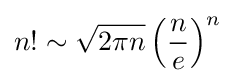
n!\sim {\sqrt {2\pi n}}\left({\frac {n}{e}}\right)^{n}